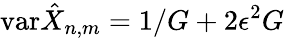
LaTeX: \mathrm{var}\hat{X}_{n,m}=1/G+2\epsilon^{2}G